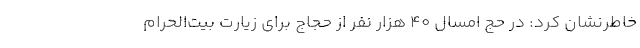
خاطرنشان کرد: در حج امسال 40 هزار نفر از حجاج برای زیارت بیت‌الحرام